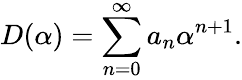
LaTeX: D(\alpha)=\sum_{n=0}^{\infty}a_{n}\alpha^{n+1}.